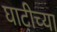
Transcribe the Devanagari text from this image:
घाटीच्या